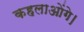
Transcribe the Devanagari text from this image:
कहलाओंगे।